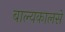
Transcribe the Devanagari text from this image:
बाल्यकालसे